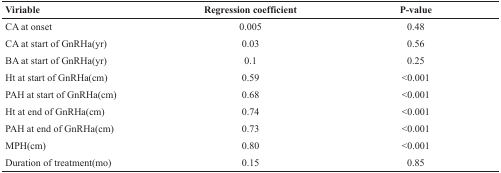
<table><thead><tr><td><b>Viriable</b></td><td><b>Regression coefficient</b></td><td><b>P-value</b></td></tr></thead><tbody><tr><td>CA at onset</td><td>0.005</td><td>0.48</td></tr><tr><td>CA at start of GnRHa(yr)</td><td>0.03</td><td>0.56</td></tr><tr><td>BA at start of GnRHa(yr)</td><td>0.1</td><td>0.25</td></tr><tr><td>Ht at start of GnRHa(cm)</td><td>0.59</td><td>&lt;0.001</td></tr><tr><td>PAH at start of GnRHa(cm)</td><td>0.68</td><td>&lt;0.001</td></tr><tr><td>Ht at end of GnRHa(cm)</td><td>0.74</td><td>&lt;0.001</td></tr><tr><td>PAH at end of GnRHa(cm)</td><td>0.73</td><td>&lt;0.001</td></tr><tr><td>MPH(cm)</td><td>0.80</td><td>&lt;0.001</td></tr><tr><td>Duration of treatment(mo)</td><td>0.15</td><td>0.85</td></tr></tbody></table>